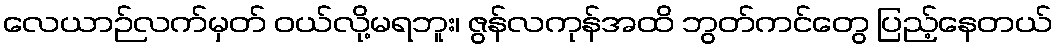
လေယာဉ်လက်မှတ် ဝယ်လို့မရဘူး၊ ဇွန်လကုန်အထိ ဘွတ်ကင်တွေ ပြည့်နေတယ်